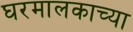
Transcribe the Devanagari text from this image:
घरमालकाच्या